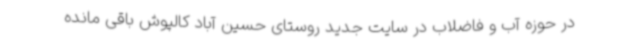
در حوزه آب و فاضلاب در سایت جدید روستای حسین آباد کالپوش باقی مانده